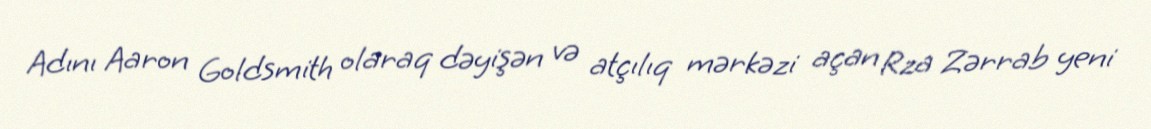
Adını Aaron Goldsmith olaraq dəyişən və atçılıq mərkəzi açan Rza Zərrab yeni